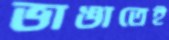
ভাঙাতেই